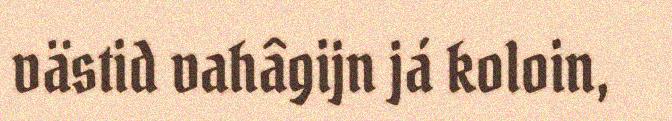
västid vahâgijn já koloin,